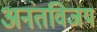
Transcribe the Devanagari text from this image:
अनंतविजय